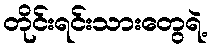
တိုင်းရင်းသားတွေရဲ့